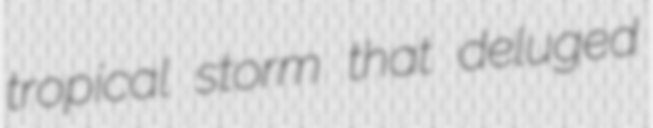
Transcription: tropical storm that deluged